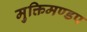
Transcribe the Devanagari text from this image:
मुक्तिमण्डप